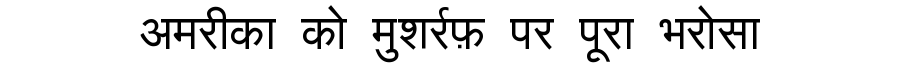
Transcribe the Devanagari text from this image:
अमरीका को मुशर्रफ़ पर पूरा भरोसा